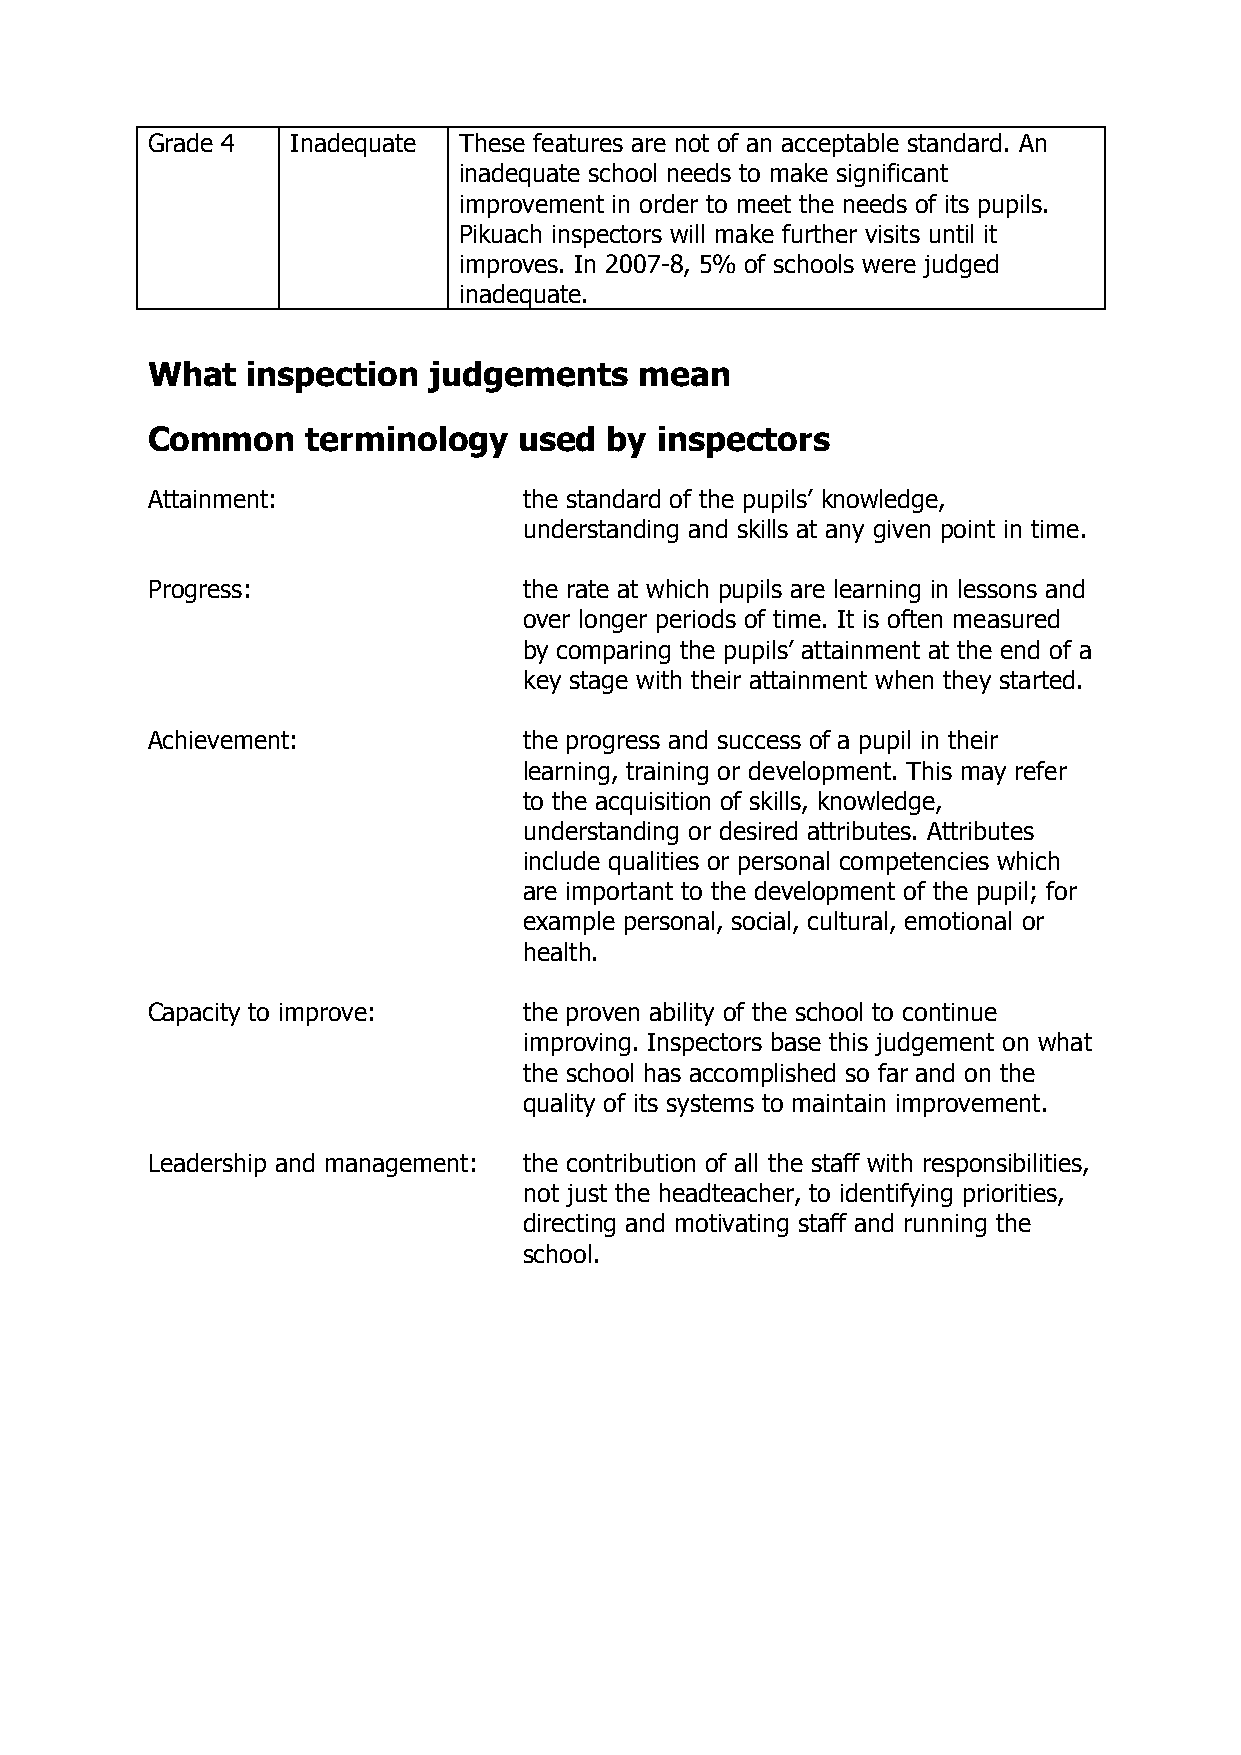
Grade 4  Inadequate These features are not of an acceptable standard. An
 inadequate school needs to make significant
 improvement in order to meet the needs of its pupils.
 Pikuach inspectors will make further visits until it
 improves. In 2007-8, 5% of schools were judged
 inadequate.
 What  inspection  judgements    mean
 Common    terminology   used  by  inspectors
 Attainment:              the standard of the pupils’ knowledge,
 understanding and skills at any given point in time.
 Progress:                the rate at which pupils are learning in lessons and
 over longer periods of time. It is often measured
 by comparing the pupils’ attainment at the end of a
 key stage with their attainment when they started.
 Achievement:             the progress and success of a pupil in their
 learning, training or development. This may refer
 to the acquisition of skills, knowledge,
 understanding or desired attributes. Attributes
 include qualities or personal competencies which
 are important to the development of the pupil; for
 example personal, social, cultural, emotional or
 health.
 Capacity to improve:     the proven ability of the school to continue
 improving. Inspectors base this judgement on what
 the school has accomplished so far and on the
 quality of its systems to maintain improvement.
 Leadership and management: the contribution of all the staff with responsibilities,
 not just the headteacher, to identifying priorities,
 directing and motivating staff and running the
 school.